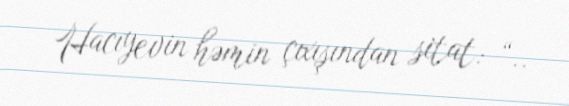
Hacıyevin həmin çıxışından sitat: “..